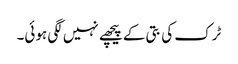
ٹرک کی بتی کے پیچھے نہیں لگی ہوئی۔